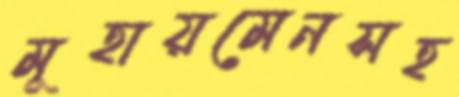
মূহায়মেনসহ